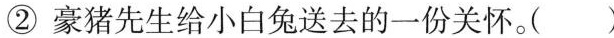
② 豪猪先生给小白兔送去的一份关怀。( )